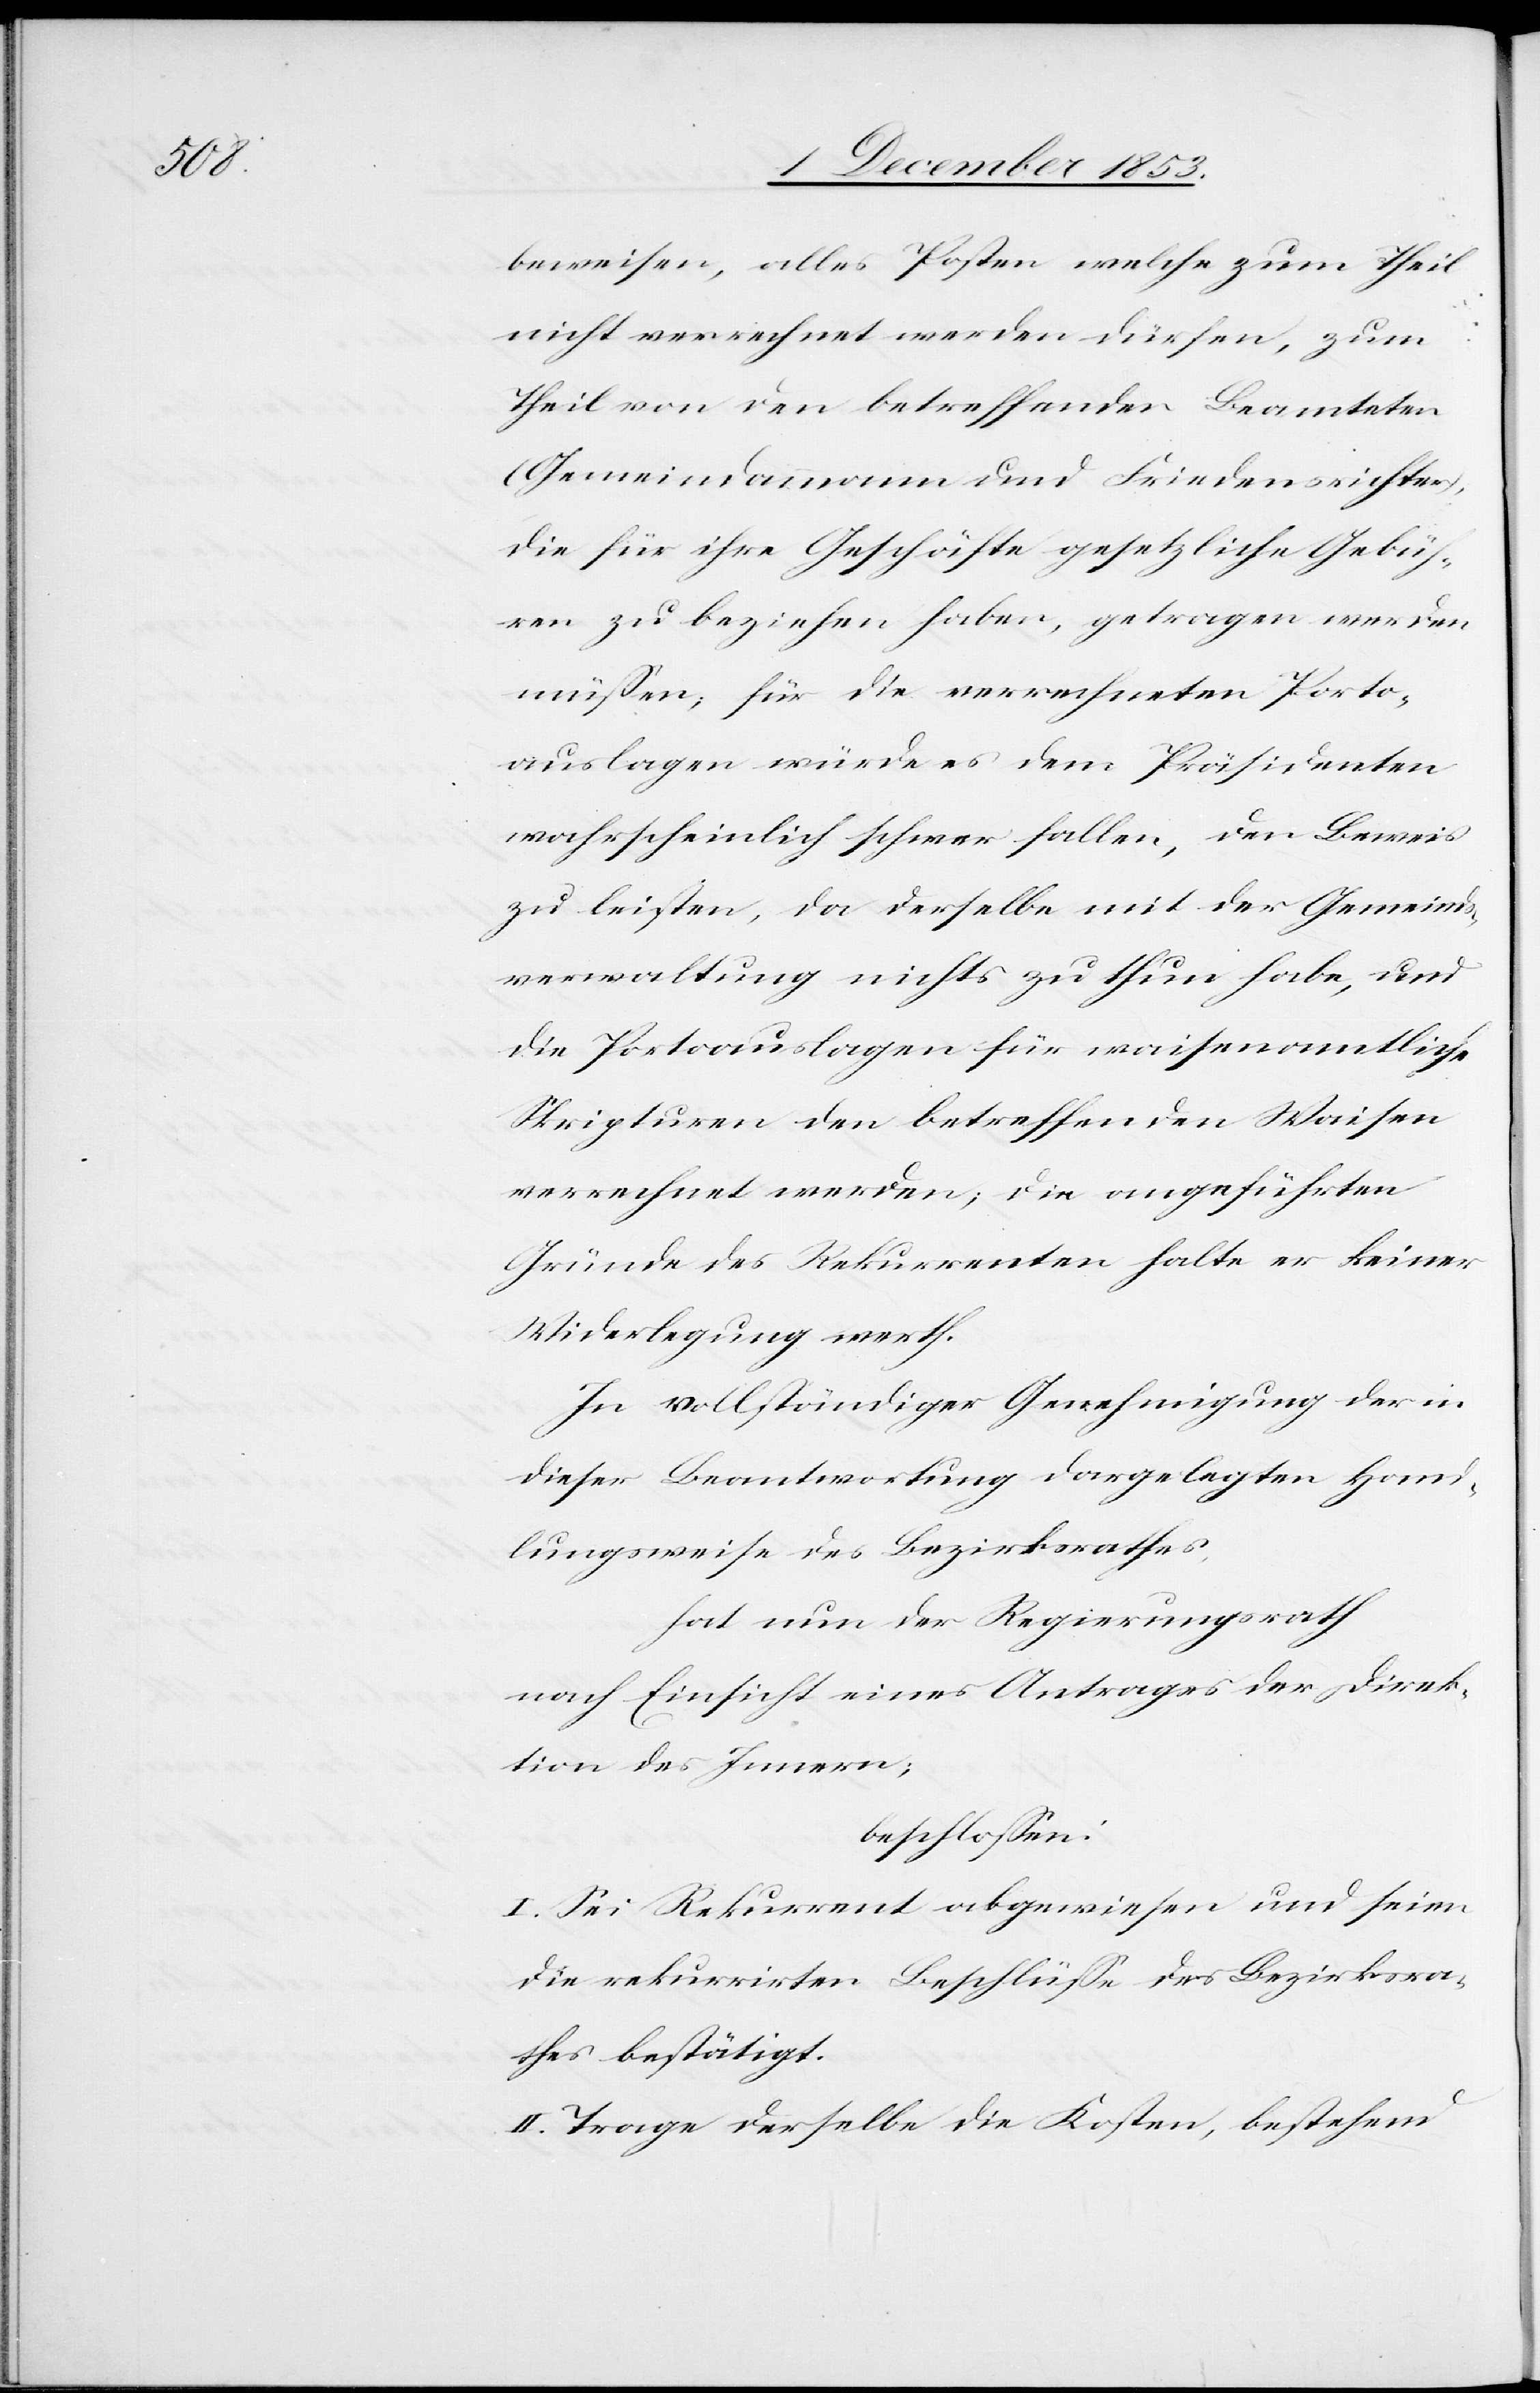
beweisen, alles Posten welche zum Theil
nicht verrechnet werden dürfen, zum
Theil von den betreffenden Beamteten
(Gemeindammann und Friedensrichter),
die für ihre Geschäfte gesetzliche Gebüh¬
ren zu beziehen haben, getragen werden
müßen; für die verrechneten Porto¬
auslagen würde es dem Präsidenten
wahrscheinlich schwer fallen, den Beweis
zu leisten, da derselbe mit der Gemeinds¬
verwaltung nichts zu thun habe, und
die Portoauslagen für waisenamtliche
Scripturen den betreffenden Waisen
verrechnet werden; die angeführten
Gründe des Rekurrenten halte er keiner
Widerlegung werth.
In vollständiger Genehmigung der in
dieser Beantwortung dargelegten Hand¬
lungsweise des Bezirksrathes,
hat nun der Regierungsrath
nach Einsicht eines Antrages der Direk¬
tion des Innern,
beschloßen:
I. Sei Rekurrent abgewiesen und seien
die rekurrirten Beschlüße des Bezirksra¬
thes bestätigt.
II. Trage derselbe die Kosten, bestehend